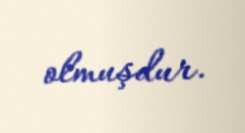
olmuşdur.